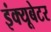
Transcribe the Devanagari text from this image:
इंक्यूबेटर